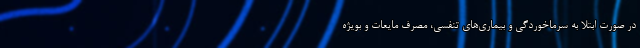
در صورت ابتلا به سرماخوردگی و بیماری‌های تنفسی، مصرف مایعات و بویژه